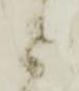
被